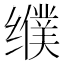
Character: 𰬿